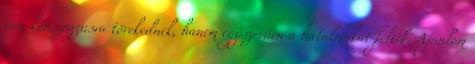
nem konszenzusra törekednek, hanem egyszerűen a hatalmukat féltik. Ajánlom